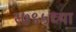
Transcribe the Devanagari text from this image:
१७९५च्या